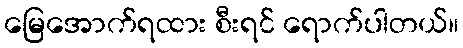
မြေအောက်ရထား စီးရင် ရောက်ပါတယ်။